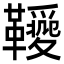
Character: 𩍫